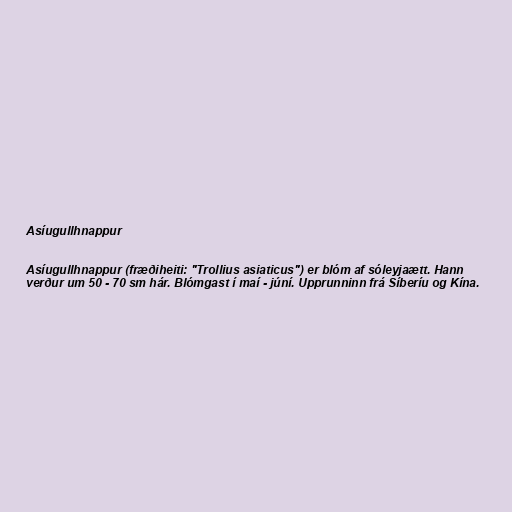
Asíugullhnappur

Asíugullhnappur (fræðiheiti: "Trollius asiaticus") er blóm af sóleyjaætt. Hann
verður um 50 - 70 sm hár. Blómgast í maí - júní. Upprunninn frá Síberíu og Kína.